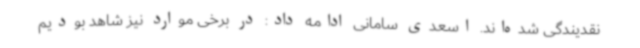
نقدیندگی شده‌اند. اسعدی سامانی ادامه داد: در برخی موارد نیز شاهد بودیم